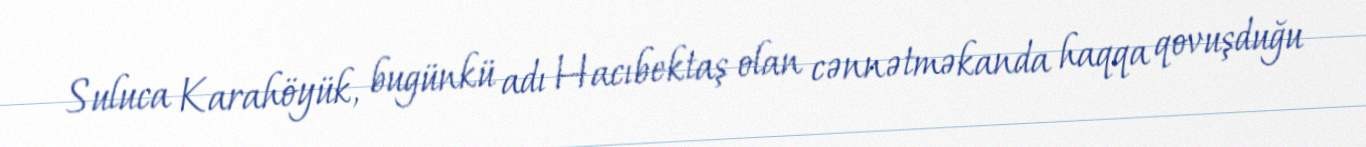
Suluca Karahöyük, bugünkü adı Hacıbektaş olan cənnətməkanda haqqa qovuşduğu